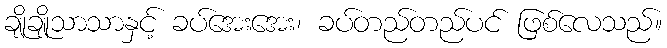
ချိုချိုသာသာနှင့် ခပ်အေးအေး၊ ခပ်တည်တည်ပင် ဖြစ်လေသည်။